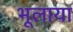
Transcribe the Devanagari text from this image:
भूलाया